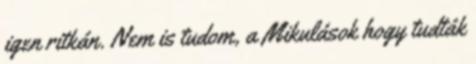
igen ritkán. Nem is tudom, a Mikulások hogy tudták